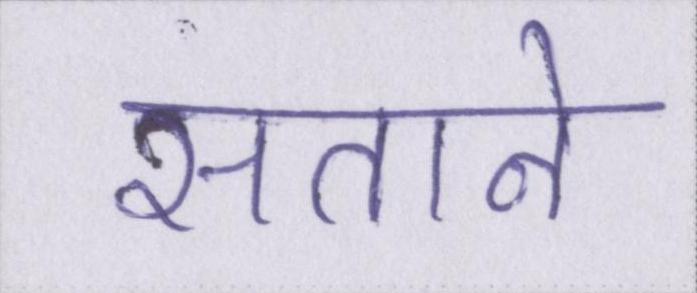
सताने